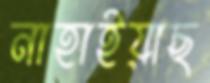
নাহাইয়াছ